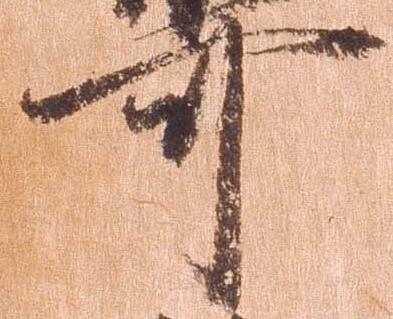
可